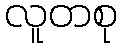
လူတစု